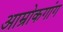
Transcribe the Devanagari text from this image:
आम्रोकगांग